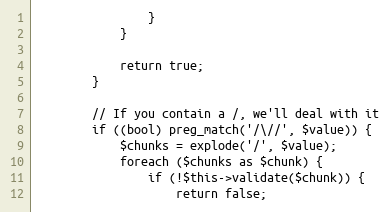
Language: PHP
                }
            }

            return true;
        }

        // If you contain a /, we'll deal with it
        if ((bool) preg_match('/\//', $value)) {
            $chunks = explode('/', $value);
            foreach ($chunks as $chunk) {
                if (!$this->validate($chunk)) {
                    return false;